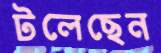
টলেছেন